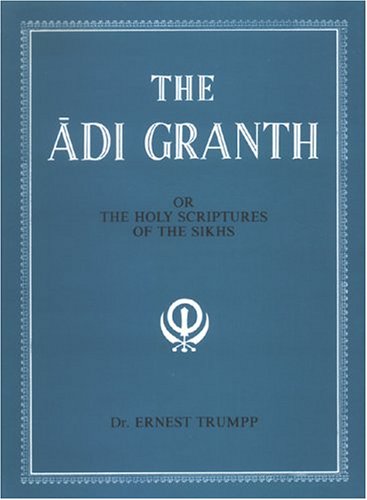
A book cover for The Adi Granth: Or The Holy Scriptures Of The Sikhs; Ernest Trumpp; Religion & Spirituality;